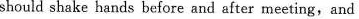
should shake hands before and after meeting,and